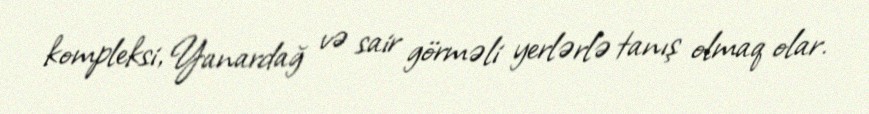
kompleksi, Yanardağ və sair görməli yerlərlə tanış olmaq olar.